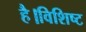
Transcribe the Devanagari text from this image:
है।विशिष्ट